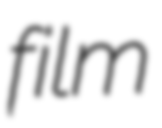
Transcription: film